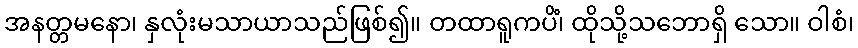
အနတ္တမနော၊ နှလုံးမသာယာသည်ဖြစ်၍။ တထာရူကပိံ၊ ထိုသို့သဘောရှိ သော။ ဝါစံ၊